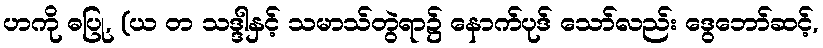
ဟကို ဓပြု, (ယ တ သဒ္ဒါနှင့် သမာသ်တွဲရာ၌ နောက်ပုဒ် သော်လည်း ဒွေဘော်ဆင့်,